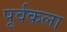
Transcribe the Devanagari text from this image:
पूर्वकला